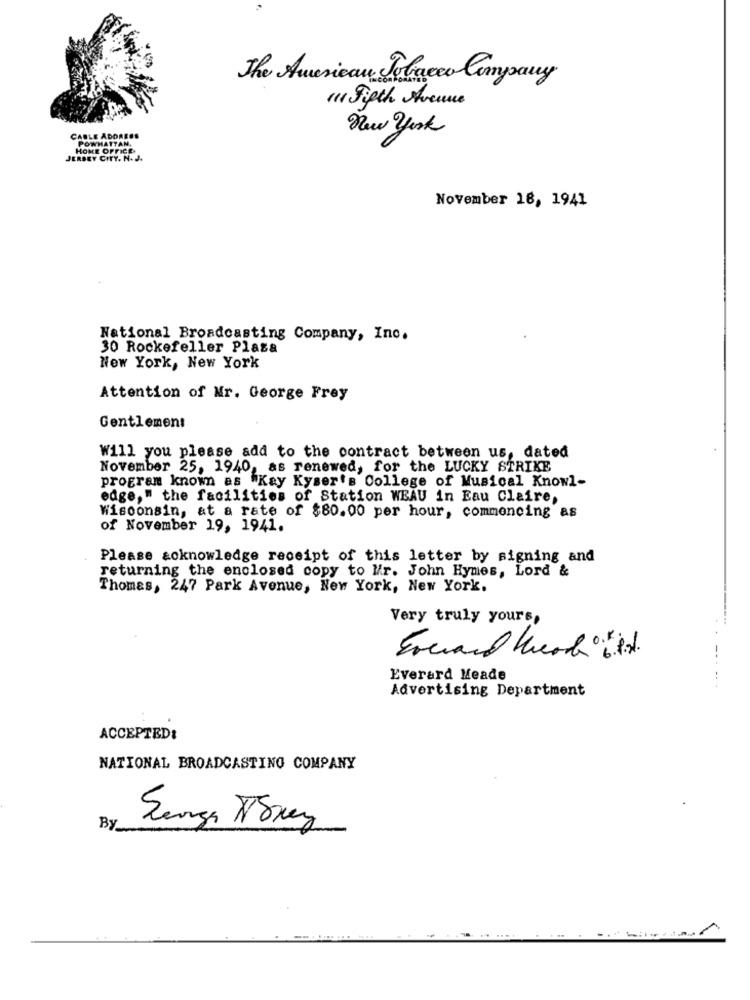
The American Tobacco Company
mu Fifth Avenue
New york
CABLE ADDRESS
POWHATTAN.
HOME OFFICE
JERSEY CITY. N. J.
November 18, 1941
National Broadcasting Company, Inc.
30 Rockefeller Plaza
New York, New York
Attention of Mr. George Frey
Gentlement
Will you please add to the contract between us, dated
November 25, 1940, as renewed, for the LUCKY STRIKE
program known as "Kay Kyser's College of Musical Knowl-
edge," the facilities of Station WEAU in Eau Claire,
Wisconsin, at a rate of $80.00 per hour, commencing as
of November 19, 1941.
Please acknowledge receipt of this letter by signing and
returning the enclosed copy to Mir. John Hymes, Lord &
Thomas, 247 Park Avenue, New York, New York.
Very truly yours,
Everard Heade
Advertising Department
ACCEPTED:
NATIONAL BROADCASTING COMPANY
By
...